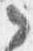
之